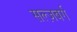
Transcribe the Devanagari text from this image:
सल्ज़बर्ग